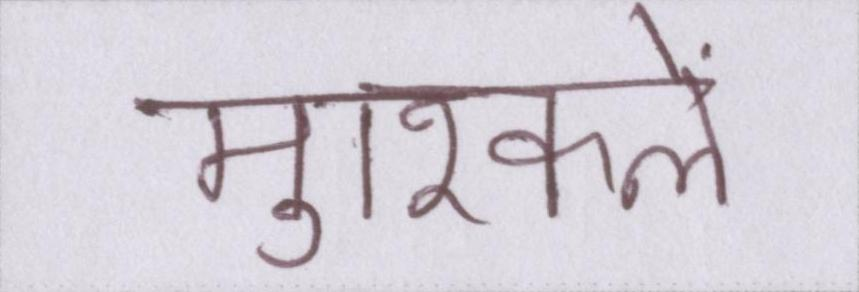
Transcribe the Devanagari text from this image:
मुश्किलें